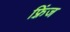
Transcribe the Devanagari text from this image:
फ़्रिंज